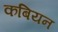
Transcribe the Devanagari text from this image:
कबियन